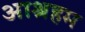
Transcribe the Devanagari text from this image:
आश्रहम